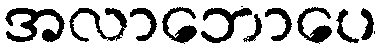
အလာဘောပေ